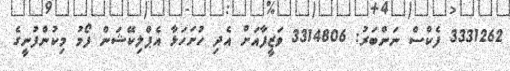
3331262 ފެކްސް ނަންބަރު: 3314806 ވަޒީފާއަށް އެދި ހުށަހަޅާ އެޕްލިކޭޝަން ފޯމު މިކުންފުނީގެ